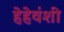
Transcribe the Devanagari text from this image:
हेहेवंशी